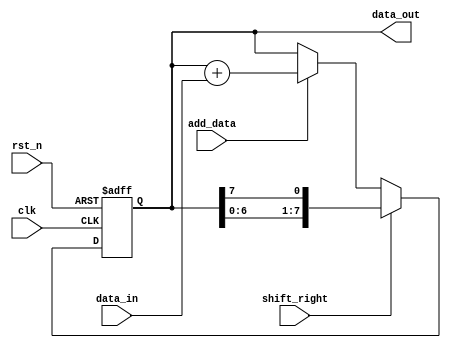
module shift_add_register (
    input clk,
    input rst_n,
    input shift_right,
    input add_data,
    input [7:0] data_in,
    output reg [7:0] data_out
);

reg [7:0] register_data;

always @(posedge clk or negedge rst_n) begin
    if (~rst_n) begin
        register_data <= 8'd0;
    end else begin
        if (shift_right) begin
            register_data <= {register_data[6:0], register_data[7]};
        end else if (add_data) begin
            register_data <= register_data + data_in;
        end
    end
end

assign data_out = register_data;

endmodule